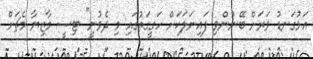
އަޅުގަނޑު ވަރަށް ބޭނުންވި ފައިނަލަކަށް ހަގީގަތުގައި މި ދެވުނީ" ޓިސީ މާޒިޔާ މެޗަށް